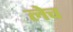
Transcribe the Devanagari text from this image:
लेच